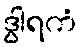
ဒွါရကံ